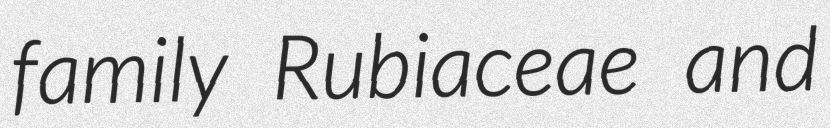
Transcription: family Rubiaceae and